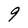
Character: 9